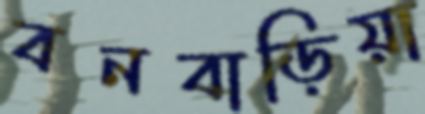
বনবাড়িয়া